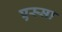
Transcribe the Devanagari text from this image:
एस्सा